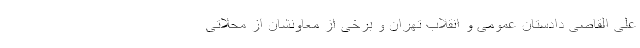
علی القاصی دادستان عمومی و انقلاب تهران و برخی از معاونشان از محلاتی